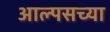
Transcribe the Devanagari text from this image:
आल्पसच्या